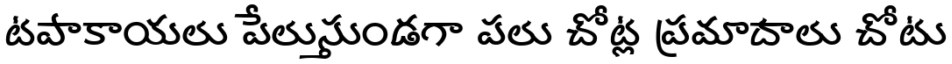
టపాకాయలు పేలుస్తుండగా పలు చోట్ల ప్రమాదాలు చోటు